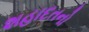
શહાદતનો